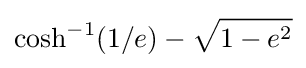
\cosh ^{-1}(1/e)-{\sqrt {1-e^{2}}}